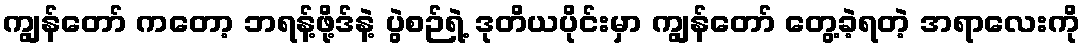
ကျွန်တော် ကတော့ ဘရန့်ဖို့ဒ်နဲ့ ပွဲစဉ်ရဲ့ ဒုတိယပိုင်းမှာ ကျွန်တော် တွေ့ခဲ့ရတဲ့ အရာလေးကို